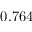
0 . 7 6 4